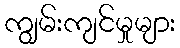
ကျွမ်းကျင်မှုများ